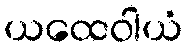
ယထေဝါယံ